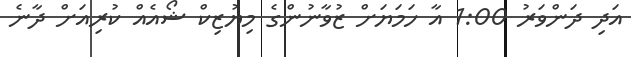
އަދި ދަންވަރު 1:00 އާ ހަމަޔަށް ޒުވާނުންގެ މިޔުޒިކް ޝޯއެއް ކުރިއަށް ދާނެ